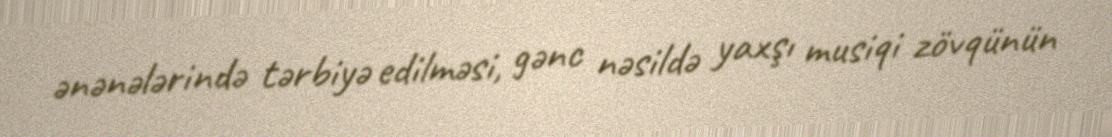
ənənələrində tərbiyə edilməsi, gənc nəsildə yaxşı musiqi zövqünün